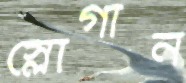
স্লোগান